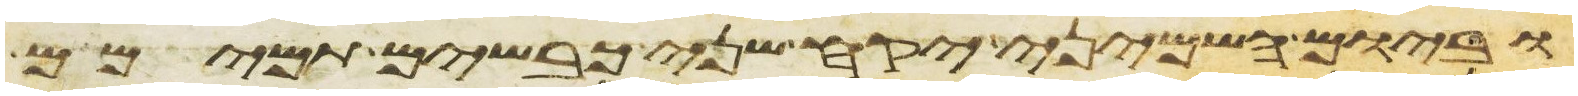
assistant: וביום השמיני יקח שני כבשים תמימם